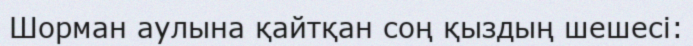
Шорман аулына қайтқан соң қыздың шешесі: